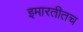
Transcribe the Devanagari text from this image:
इमारतीतच